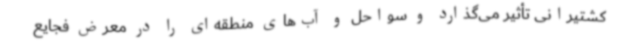
کشتیرانی تأثیر می‌گذارد و سواحل و آب‌های منطقه‌ای را در معرض فجایع